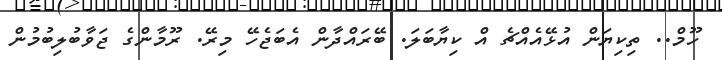
ހޫމް.. ތިކިޔަން އުޅޭއެއްޗެ އް ކިޔާބަލަ. ބޭރައްދާން އެބަޖެހޭ މިރޭ. ރޫމާންގެ ޖަވާބުލިބުމުން